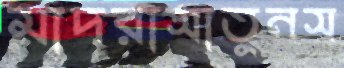
মাদরাসাতুনস